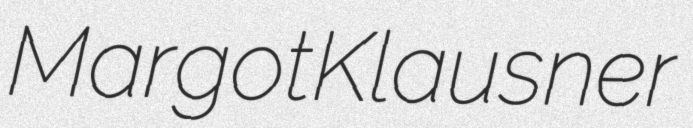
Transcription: Margot Klausner